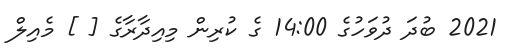
2021 ބުދަ ދުވަހުގެ 14:00 ގެ ކުރިން މިއިދާރާގެ [ ] މެއިލް